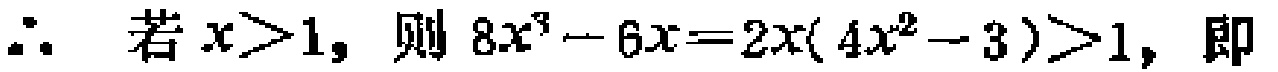
$\therefore$ 若$x > 1$，则$8x^{3}-6x = 2x(4x^{2}-3)>1$，即